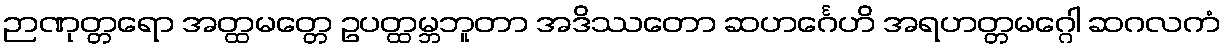
ဉာဏုတ္တရော အတ္ထမတ္တေ ဥပတ္ထမ္ဘဘူတာ အဒိဿတော ဆဟင်္ဂေဟိ အရဟတ္တမဂ္ဂေါ ဆဂလကံ